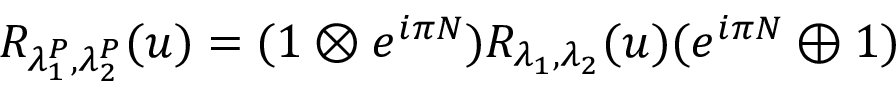
R _ { \lambda _ { 1 } ^ { P } , \lambda _ { 2 } ^ { P } } ( u ) = ( 1 \otimes e ^ { i \pi { \cal N } } ) R _ { \lambda _ { 1 } , \lambda _ { 2 } } ( u ) ( e ^ { i \pi { \cal N } } \oplus 1 )